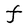
Character: F